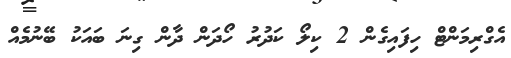
އެގްރިމަންޓް ހިފައިގެން 2 ކިލޯ ކަދުރު ހޯދަން ދާން ގިނަ ބައަކު ބޭނުމެއް